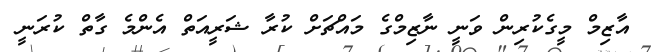
އާޒިމް މީގެކުރިން ވަނީ ނާޒިމްގެ މައްޗަށް ކުރާ ޝަރީއަތް އެންމެ ގާތް ކުރަނީ